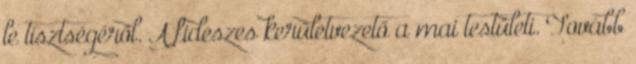
le tisztségéről. A fideszes kerületvezető a mai testületi. Tovább